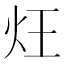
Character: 𤆦